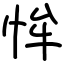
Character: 恈